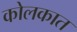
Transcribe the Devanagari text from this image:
कोलकात